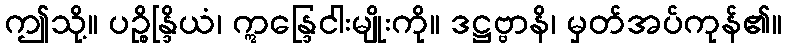
ဤသို့။ ပဉ္စိန္ဒြိယံ၊ ဣန္ဒြေငါးမျိုးကို။ ဒဋ္ဌဗ္ဗာနိ၊ မှတ်အပ်ကုန်၏။